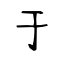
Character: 于